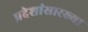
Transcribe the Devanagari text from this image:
प्रदेशांसारख्या